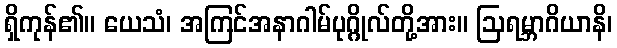
ရှိကုန်၏။ ယေသံ၊ အကြင်အနာဂါမ်ပုဂ္ဂိုလ်တို့အား။ ဩရမ္ဘာဂိယာနိ၊